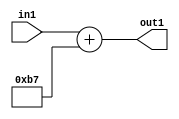
`timescale 1ps / 1ps
/*****************************************************************************
    Verilog RTL Description
    
    
    Created by: Stratus DpOpt 2019.1.01 
*******************************************************************************/

module DC_Filter_Add_12U_5_1 (
	in1,
	out1
	); /* architecture "behavioural" */ 
input [11:0] in1;
output [11:0] out1;
wire [11:0] asc001;

assign asc001 = 
	+(in1)
	+(12'B000010110111);

assign out1 = asc001;
endmodule

/* CADENCE  ubDxQw4= : u9/ySgnWtBlWxVPRXgAZ4Og= ** DO NOT EDIT THIS LINE ******/